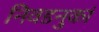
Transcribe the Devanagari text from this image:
निवडनुकां